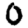
Digit: 0